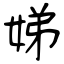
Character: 娣